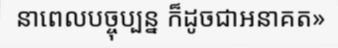
នាពេលបច្ចុប្បន្ន ក៏ដូចជាអនាគត»